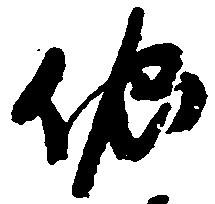
依